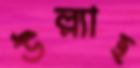
উল্ল্যাহ